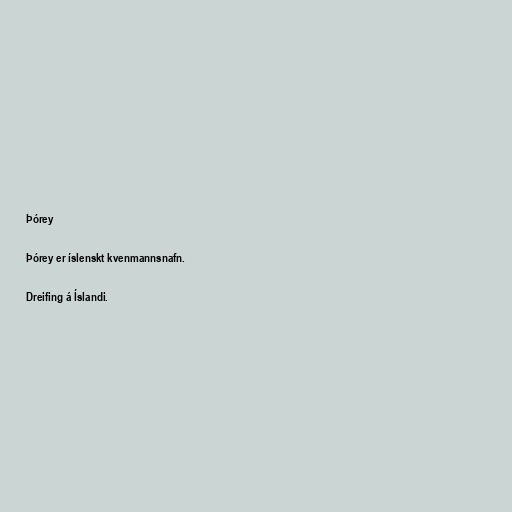
Þórey

Þórey er íslenskt kvenmannsnafn.

Dreifing á Íslandi.